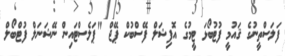
ފަލަސްތީނުގެ ޤައުމީ ފުޓުބޯޅަ ޓީމުގެ އޮފިޝަލް ފޭސްބުކް ޕޭޖް "ޕަލެސްޓައިން ނޭޝަނަލް ފުޓްބޯލް